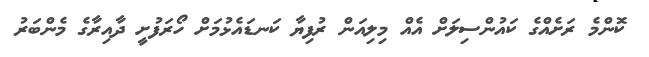
ކޮންމެ ރަށެއްގެ ކައުންސިލަށް އެއް މިލިއަން ރުފިޔާ ކަނޑައެޅުމަށް ހޯރަފުށީ ދާއިރާގެ މެންބަރު